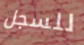
للسجل